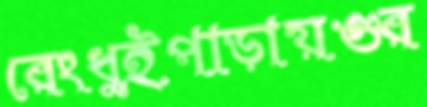
রেংধুইপাড়ায়গুর